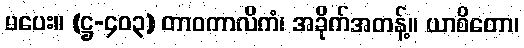
မပေး။ (ဋ္ဌ-၄၀၃) တာဝကာလိကံ၊ အခိုက်အတန့်။ ယာစိတော၊